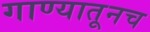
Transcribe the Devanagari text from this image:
गाण्यातूनच